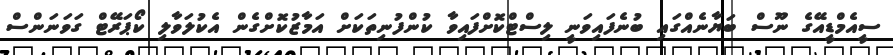
ސީއެމްޑީއޭގެ ނޫސް ބަޔާނެއްގައި ބުނެފައިވަނީ ލިސްޓްކޮށްފައިވާ ކުންފުނިތަކަށް އަމާޒުކޮށްގެން އެކުލަވާލި ކޯޕަރޭޓް ގަވަނަންސް